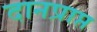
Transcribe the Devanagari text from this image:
दानप्राप्त